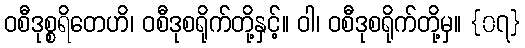
ဝစီဒုစ္စရိတေဟိ၊ ဝစီဒုစရိုက်တို့နှင့်။ ဝါ၊ ဝစီဒုစရိုက်တို့မှ။ {၀၇}